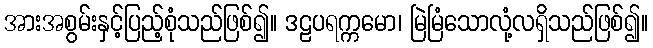
အားအစွမ်းနှင့်ပြည့်စုံသည်ဖြစ်၍။ ဒဠပရက္ကမော၊ မြဲမြံသောလုံ့လရှိသည်ဖြစ်၍။